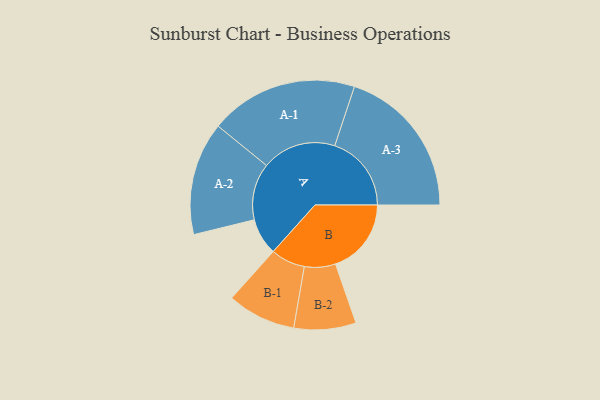
{"axis": {"x": "Segment", "y": "Value"}, "legend": ["", "A", "B"], "data": [{"x": "A", "y": 134, "type": ""}, {"x": "B", "y": 276, "type": ""}, {"x": "A-1", "y": 270, "type": "A"}, {"x": "A-2", "y": 206, "type": "A"}, {"x": "A-3", "y": 279, "type": "A"}, {"x": "B-1", "y": 125, "type": "B"}, {"x": "B-2", "y": 113, "type": "B"}]}